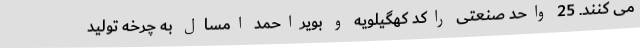
می کنند. 25 واحد صنعتی راکد کهگیلویه و بویراحمد امسال به چرخه تولید